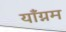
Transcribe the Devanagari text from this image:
याँग्नम